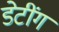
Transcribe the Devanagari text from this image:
डेटींग